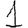
Digit: 1